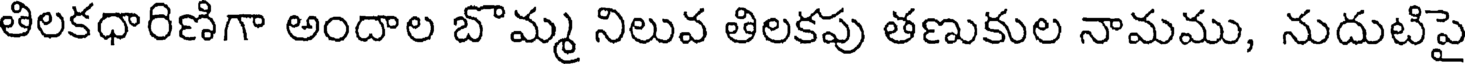
తిలకధారిణిగా అందాల బొమ్మ నిలువ తిలకపు తణుకుల నామము, నుదుటిపై